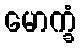
မောက္ခံ